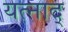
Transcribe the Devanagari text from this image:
यत्नाद्